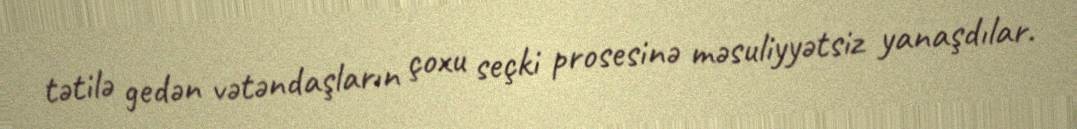
tətilə gedən vətəndaşların çoxu seçki prosesinə məsuliyyətsiz yanaşdılar.